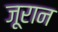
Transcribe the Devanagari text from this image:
जूरान